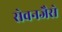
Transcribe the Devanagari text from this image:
सेवनजैसे